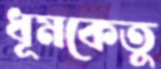
ধূমকেতুু